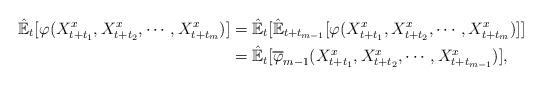
LaTeX: \begin{align*}\hat{\mathbb{E}}_t[\varphi(X_{t+t_1}^{x},X_{t+t_2}^{x},\cdots,X_{t+t_m}^{x})]&=\hat{\mathbb{E}}_t[\hat{\mathbb{E}}_{t+t_{m-1}}[\varphi(X_{t+t_1}^{x},X_{t+t_2}^{x},\cdots,X_{t+t_m}^{x})]]\\&=\hat{\mathbb{E}}_t[\overline{\varphi}_{m-1}(X_{t+t_1}^{x},X_{t+t_2}^{x},\cdots,X_{t+t_{m-1}}^{x})],\end{align*}